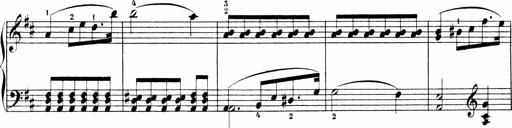
Title: Sonatinen Op.47, 98 und 136, nebst 6 Liedersonatinen
Composer: Carl Reinecke